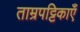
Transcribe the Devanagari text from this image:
ताम्रपट्टिकाएँ